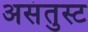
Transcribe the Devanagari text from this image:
असंतुस्ट